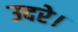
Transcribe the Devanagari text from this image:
उदरे।